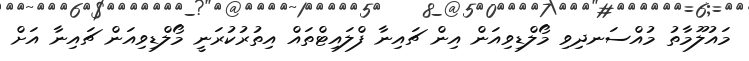
މައުލޫމާތު މުއްސަނދިވި މޯލްޑިވިއަން އިން ޗައިނާ ފްލައިޓްތައް އިތުރުކުރަނީ މޯލްޑިވިއަން ޗައިނާ އަށް